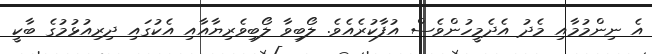
އެ ނިންމުމާއި މެދު އެދެމީހުންވެސް އުފާކުރެއެވެ. ލޯބިވާ ލޯބިވެރިޔާއާއި އެކުގައި ދިރިއުޅުމުގެ ބާކީ